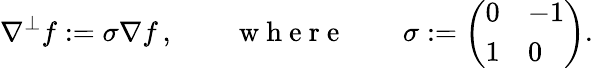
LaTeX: \nabla^{\perp}f:=\sigma\nabla f\, ,\qquad\mathrm{~w~h~e~r~e~}\qquad\sigma:=\left(\begin{array}{ll}{0}&{-1}\\ {1}&{0}\end{array}\right).